Note on the mental hospitals in Burma - 1925-1940
Year: 1925
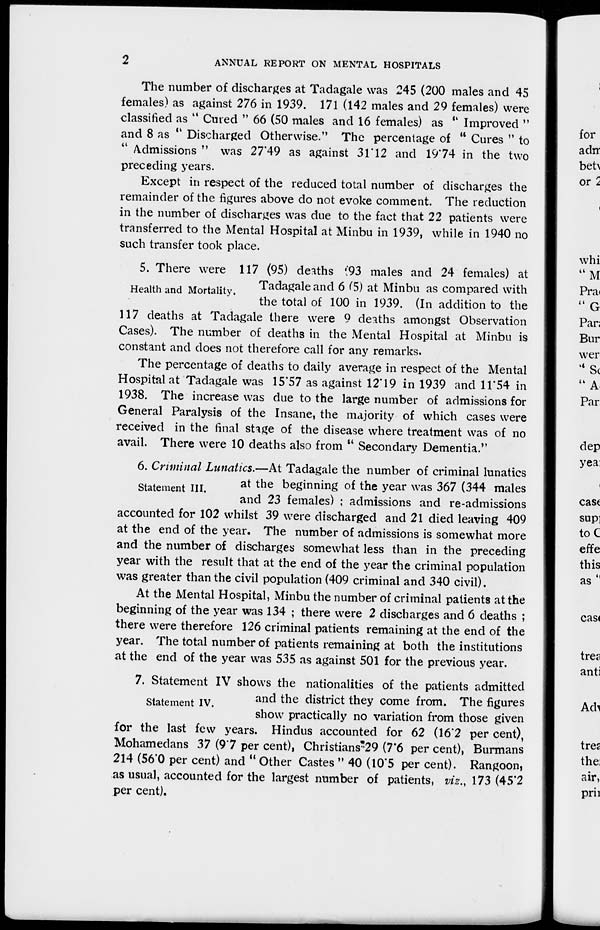
2
ANNUAL REPORT ON MENTAL HOSPITALS
The number of discharges at Tadagale was 245 (200 males and 45
females) as against 276 in 1939. 171 (142 males and 29 females) were
classified as ''Cured " 66 (50 males and 16 females) as '' Improved "
and 8 as '' Discharged Otherwise.'' The percentage of " Cures " to
'' Admissions " was 27.49 as against 31.12 and 19.74 in the two
preceding years.
Except in respect of the reduced total number of discharges the
remainder of the figures above do not evoke comment. The reduction
in the number of discharges was due to the fact that 22 patients were
transferred to the Mental Hospital at Minbu in 1939, while in 1940 no
such transfer took place.
Health and Mortality.
5. There were 117 (95) deaths (93 males and 24 females) at
Tadagale and 6 (5) at Minbu as compared with
the total of 100 in 1939. (In addition to the
117 deaths at Tadagale there were 9 deaths amongst Observation
Cases). The number of deaths in the Mental Hospital at Minbu is
constant and does not therefore call for any remarks.
The percentage of deaths to daily average in respect of the Mental
Hospital at Tadagale was 15.57 as against 12.19 in 1939 and 11.54 in
1938. The increase was due to the large number of admissions for
General Paralysis of the Insane, the majority of which cases were
received in the final stage of the disease where treatment was of no
avail. There were 10 deaths also from ''Secondary Dementia."
Statement III.
6. Criminal Lunatics.—At Tadagale the number of criminal lunatics
at the beginning of the year was 367 (344 males
and 23 females) ; admissions and re-admissions
accounted for 102 whilst 39 were discharged and 21 died leaving 409
at the end of the year. The number of admissions is somewhat more
and the number of discharges somewhat less than in the preceding
year with the result that at the end of the year the criminal population
was greater than the civil population (409 criminal and 340 civil).
At the Mental Hospital, Minbu the number of criminal patients at the
beginning of the year was 134 ; there were 2 discharges and 6 deaths ;
there were therefore 126 criminal patients remaining at the end of the
year. The total number of patients remaining at both the institutions
at the end of the year was 535 as against 501 for the previous year.
Statement IV.
7. Statement IV shows the nationalities of the patients admitted
and the district they come from. The figures
show practically no variation from those given
for the last few years. Hindus accounted for 62 (16.2 per cent),
Mohamedans 37 (9.7 per cent), Christians 29 (7.6 per cent), Burmans
214 (56.0 per cent) and " Other Castes " 40 (10.5 per cent). Rangoon,
as usual, accounted for the largest number of patients, viz., 173 (45.2
per cent).